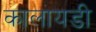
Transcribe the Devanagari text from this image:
कालायडी